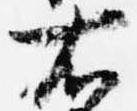
右